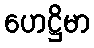
ဟေဋ္ဌိမာ